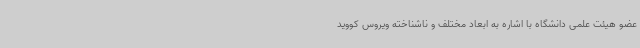
عضو هیئت علمی دانشگاه با اشاره به ابعاد مختلف و ناشناخته ویروس کووید